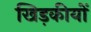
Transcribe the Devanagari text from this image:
खिड़कीयों